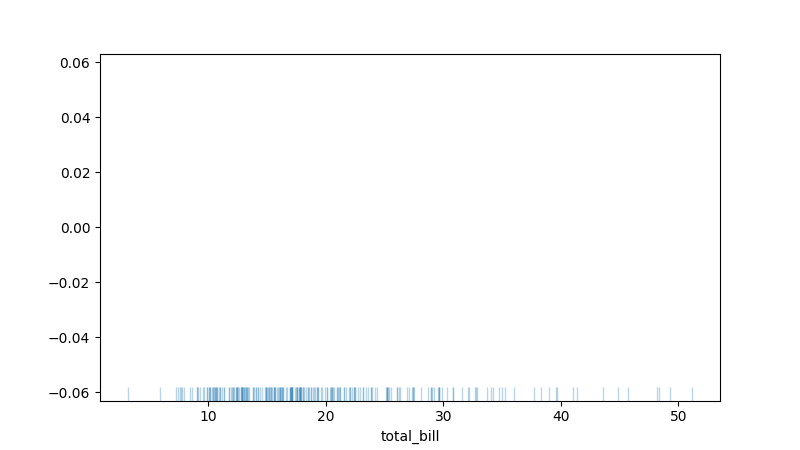
python, seaborn, rugplot, height=0.04, axis='x', alpha=0.3